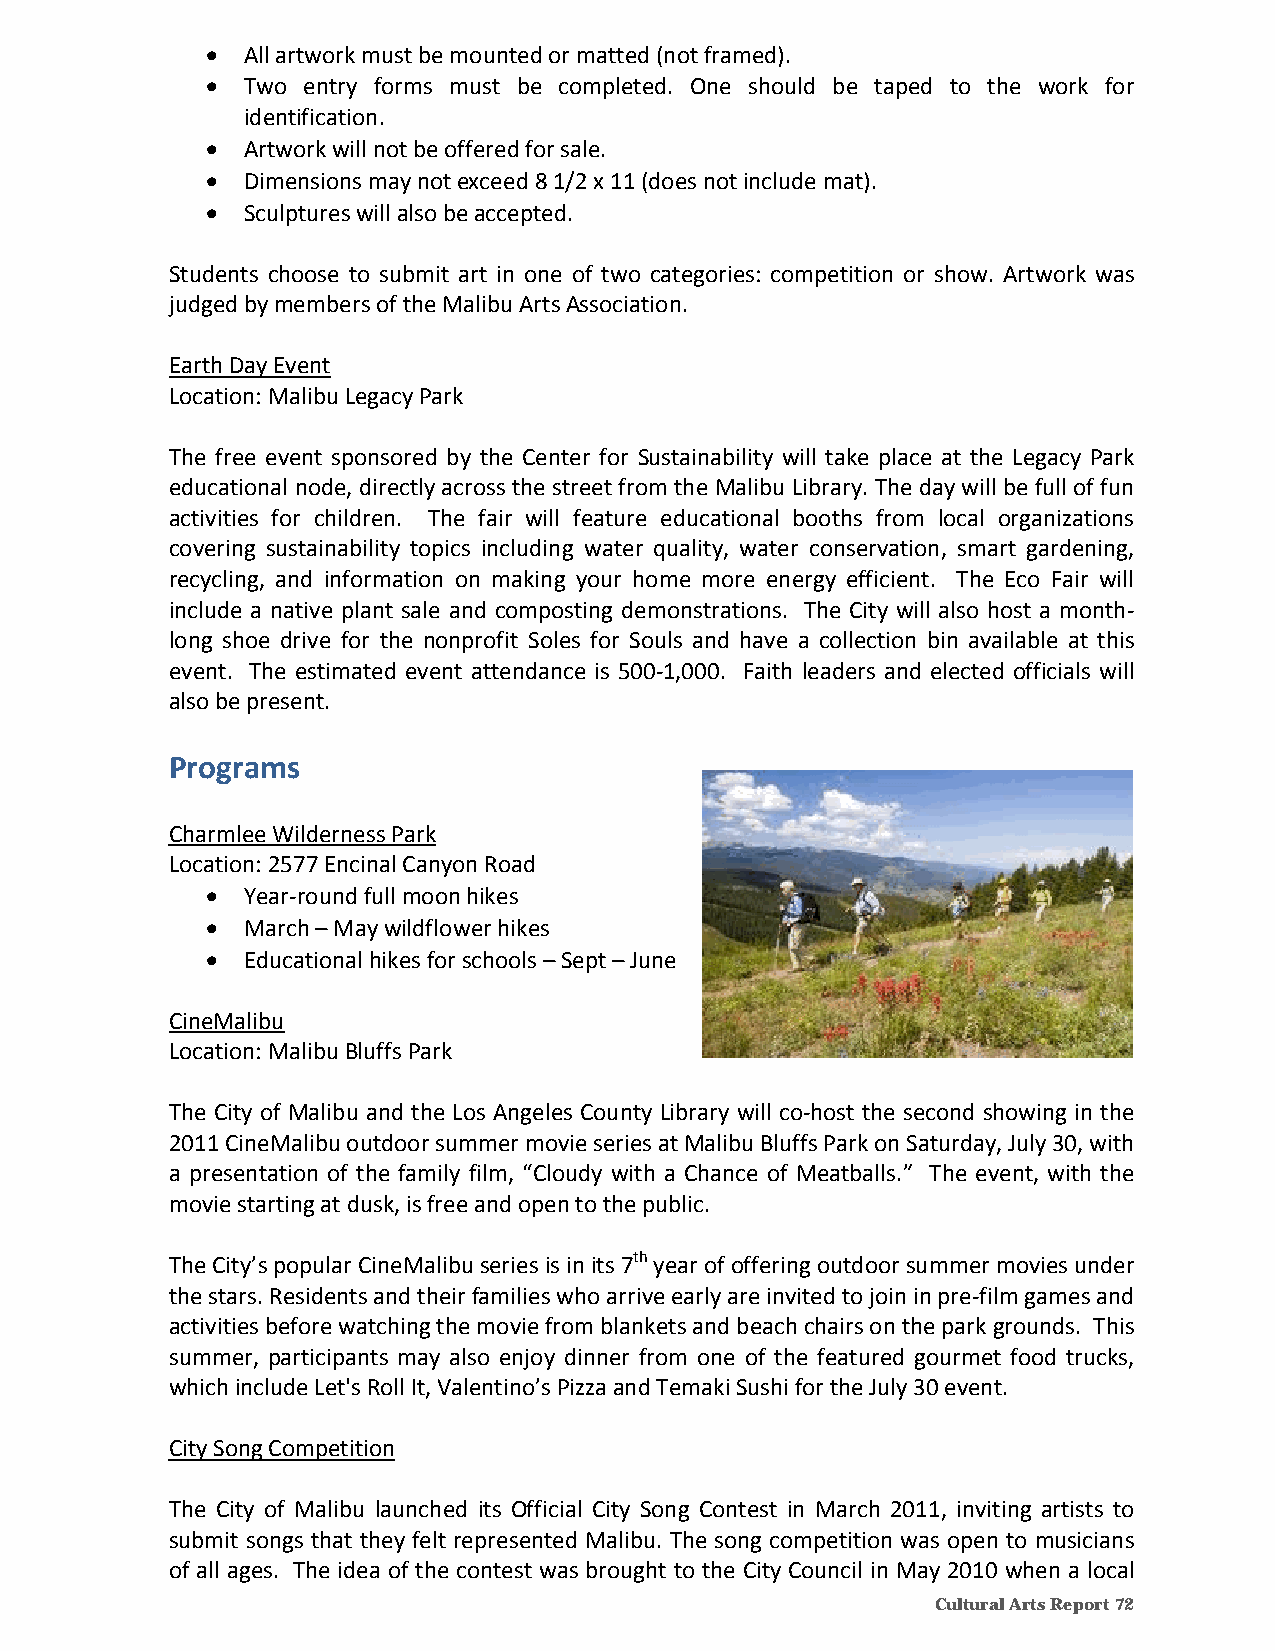
 All artwork must be mounted or matted (not framed).
  Two entry forms must be completed. One should be taped to the work for
 identification.
  Artwork will not be offered for sale.
  Dimensions may not exceed 8 1/2 x 11 (does not include mat).
  Sculptures will also be accepted.
 Students choose to submit art in one of two categories: competition or show. Artwork was
 judged by members of the Malibu Arts Association.
 Earth Day Event
 Location: Malibu Legacy Park
 The free event sponsored by the Center for Sustainability will take place at the Legacy Park
 educational node, directly across the street from the Malibu Library. The day will be full of fun
 activities for children. The fair will feature educational booths from local organizations
 covering sustainability topics including water quality, water conservation, smart gardening,
 recycling, and information on making your home more energy efficient. The Eco Fair will
 include a native plant sale and composting demonstrations. The City will also host a month‐
 long shoe drive for the nonprofit Soles for Souls and have a collection bin available at this
 event. The estimated event attendance is 500‐1,000. Faith leaders and elected officials will
 also be present.
 Programs
 Charmlee Wilderness Park
 Location: 2577 Encinal Canyon Road
  Year‐round full moon hikes
  March – May wildflower hikes
  Educational hikes for schools – Sept – June
 CineMalibu
 Location: Malibu Bluffs Park
 The City of Malibu and the Los Angeles County Library will co‐host the second showing in the
 2011 CineMalibu outdoor summer movie series at Malibu Bluffs Park on Saturday, July 30, with
 a presentation of the family film, “Cloudy with a Chance of Meatballs.” The event, with the
 movie starting at dusk, is free and open to the public.
 The City’s popular CineMalibu series is in its 7th year of offering outdoor summer movies under
 the stars. Residents and their families who arrive early are invited to join in pre‐film games and
 activities before watching the movie from blankets and beach chairs on the park grounds. This
 summer, participants may also enjoy dinner from one of the featured gourmet food trucks,
 which include Let's Roll It, Valentino’s Pizza and Temaki Sushi for the July 30 event.
 City Song Competition
 The City of Malibu launched its Official City Song Contest in March 2011, inviting artists to
 submit songs that they felt represented Malibu. The song competition was open to musicians
 of all ages. The idea of the contest was brought to the City Council in May 2010 when a local
 Cultural Arts Report 72